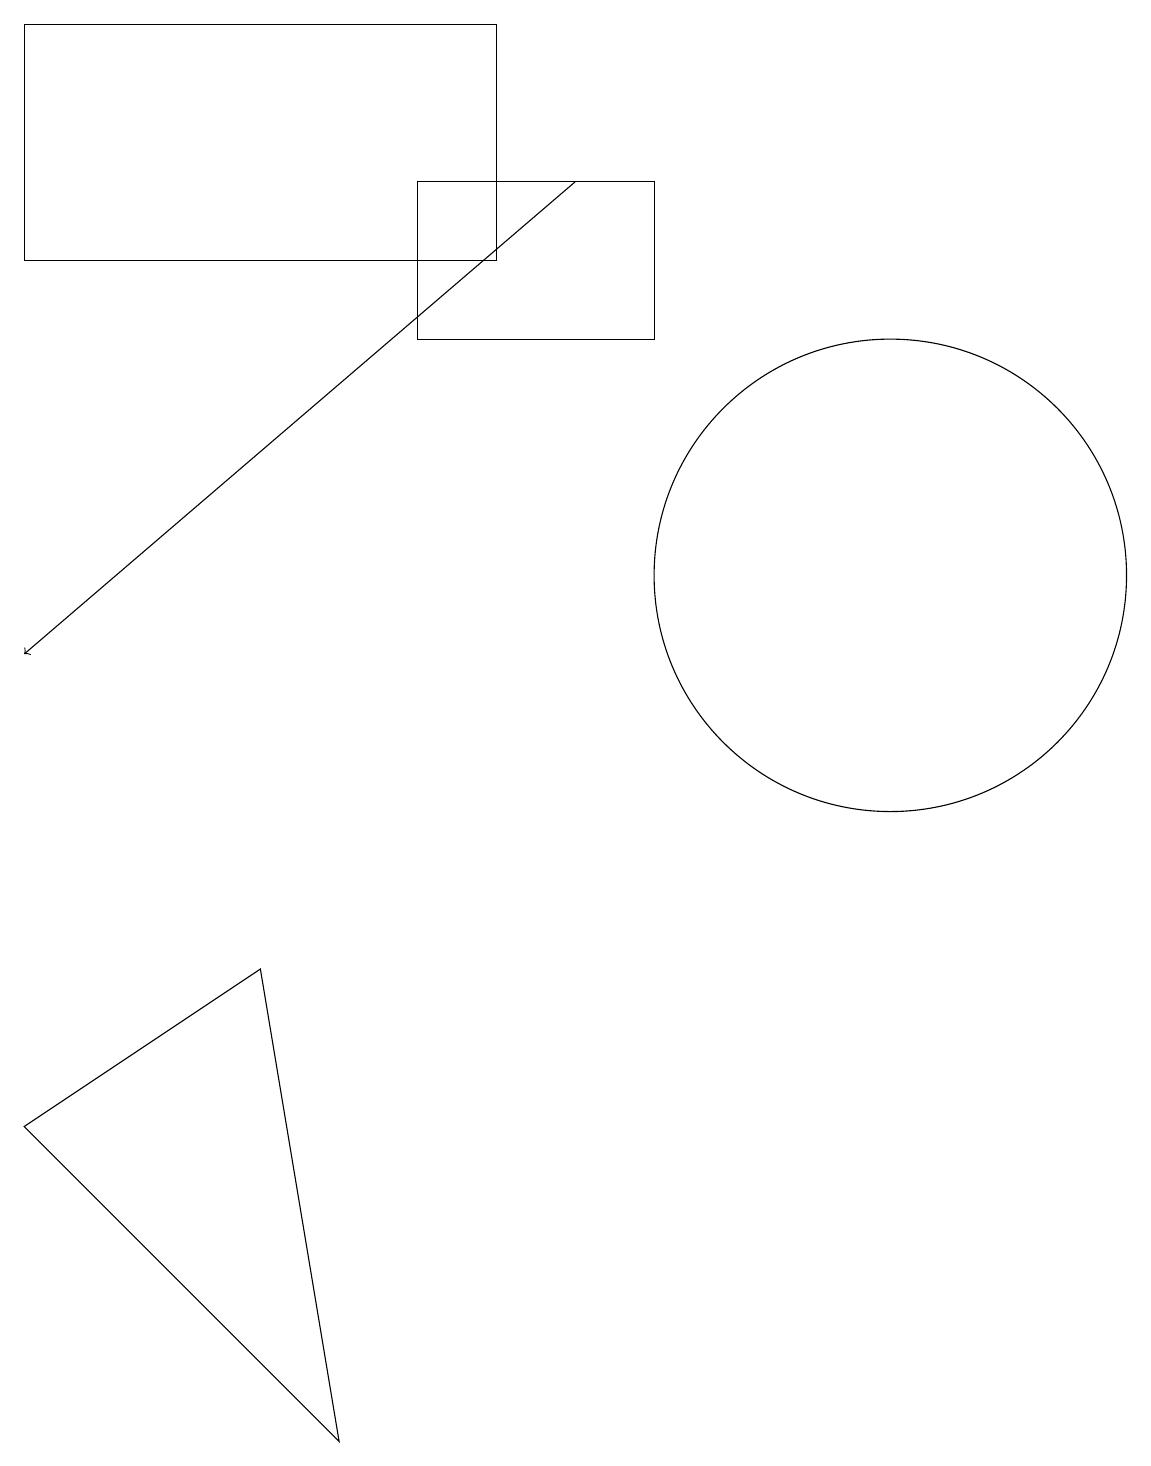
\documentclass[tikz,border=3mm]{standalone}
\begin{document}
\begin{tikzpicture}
\draw[->] (7,17) -- (0,11);
\draw (8,17) rectangle (5,15);
\draw (4,1) -- (3,7) -- (0,5) -- cycle;
\draw (11,12) circle (3);
\draw (6,19) rectangle (0,16);
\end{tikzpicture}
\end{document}